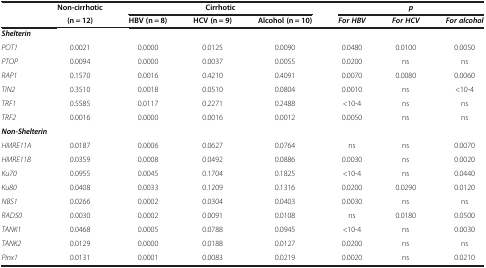
<table><thead><tr><td><b> </b></td><td><b>Non-cirrhotic</b></td><td colspan="3"><b>Cirrhotic</b></td><td colspan="3"><b><i>p</i></b></td></tr><tr><td><b> </b></td><td><b>(n = 12)</b></td><td><b>HBV (n = 8)</b></td><td><b>HCV (n = 9)</b></td><td><b>Alcohol (n = 10)</b></td><td><b><i>For HBV</i></b></td><td><b><i>For HCV</i></b></td><td><b><i>For alcohol</i></b></td></tr></thead><tbody><tr><td colspan="8"><b><i>Shelterin</i></b></td></tr><tr><td><i>POT1</i></td><td>0.0021</td><td>0.0000</td><td>0.0125</td><td>0.0090</td><td>0.0480</td><td>0.0100</td><td>0.0050</td></tr><tr><td><i>PTOP</i></td><td>0.0094</td><td>0.0000</td><td>0.0037</td><td>0.0055</td><td>0.0200</td><td>ns</td><td>ns</td></tr><tr><td><i>RAP1</i></td><td>0.1570</td><td>0.0016</td><td>0.4210</td><td>0.4091</td><td>0.0070</td><td>0.0080</td><td>0.0060</td></tr><tr><td><i>TIN2</i></td><td>0.3510</td><td>0.0018</td><td>0.0510</td><td>0.0804</td><td>0.0010</td><td>ns</td><td>&lt;10-4</td></tr><tr><td><i>TRF1</i></td><td>0.5585</td><td>0.0117</td><td>0.2271</td><td>0.2488</td><td>&lt;10-4</td><td>ns</td><td>ns</td></tr><tr><td><i>TRF2</i></td><td>0.0016</td><td>0.0000</td><td>0.0016</td><td>0.0012</td><td>0.0050</td><td>ns</td><td>ns</td></tr><tr><td colspan="8"><b><i>Non-Shelterin</i></b></td></tr><tr><td><i>HMRE11A</i></td><td>0.0187</td><td>0.0006</td><td>0.0627</td><td>0.0764</td><td>ns</td><td>ns</td><td>0.0070</td></tr><tr><td><i>HMRE11B</i></td><td>0.0359</td><td>0.0008</td><td>0.0492</td><td>0.0886</td><td>0.0030</td><td>ns</td><td>0.0020</td></tr><tr><td><i>Ku70</i></td><td>0.0955</td><td>0.0045</td><td>0.1704</td><td>0.1825</td><td>&lt;10-4</td><td>ns</td><td>0.0440</td></tr><tr><td><i>Ku80</i></td><td>0.0408</td><td>0.0033</td><td>0.1209</td><td>0.1316</td><td>0.0200</td><td>0.0290</td><td>0.0120</td></tr><tr><td><i>NBS1</i></td><td>0.0266</td><td>0.0002</td><td>0.0304</td><td>0.0403</td><td>0.0030</td><td>ns</td><td>ns</td></tr><tr><td><i>RAD50</i></td><td>0.0030</td><td>0.0002</td><td>0.0091</td><td>0.0108</td><td>ns</td><td>0.0180</td><td>0.0500</td></tr><tr><td><i>TANK1</i></td><td>0.0468</td><td>0.0005</td><td>0.0788</td><td>0.0945</td><td>&lt;10-4</td><td>ns</td><td>0.0030</td></tr><tr><td><i>TANK2</i></td><td>0.0129</td><td>0.0000</td><td>0.0188</td><td>0.0127</td><td>0.0200</td><td>ns</td><td>ns</td></tr><tr><td><i>Pinx1</i></td><td>0.0131</td><td>0.0001</td><td>0.0083</td><td>0.0219</td><td>0.0020</td><td>ns</td><td>0.0210</td></tr></tbody></table>